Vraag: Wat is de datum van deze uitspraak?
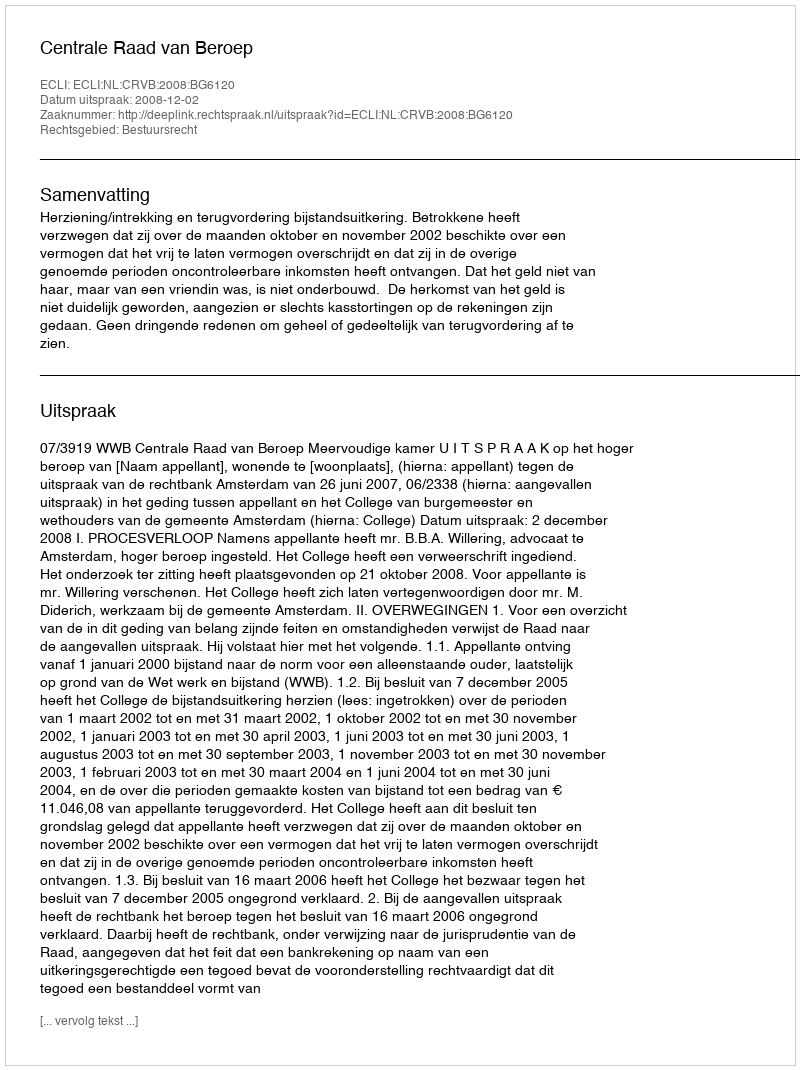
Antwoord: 2008-12-02